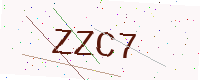
Text: ZZC7